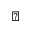
\clubsuit